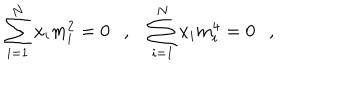
\sum _ { i = 1 } ^ { N } x _ { i } m _ { i } ^ { 2 } = 0 , \sum _ { i = 1 } ^ { N } x _ { i } m _ { i } ^ { 4 } = 0 ,